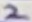
Text: 2